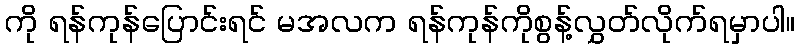
ကို ရန်ကုန်ပြောင်းရင် မအလက ရန်ကုန်ကိုစွန့်လွှတ်လိုက်ရမှာပါ။